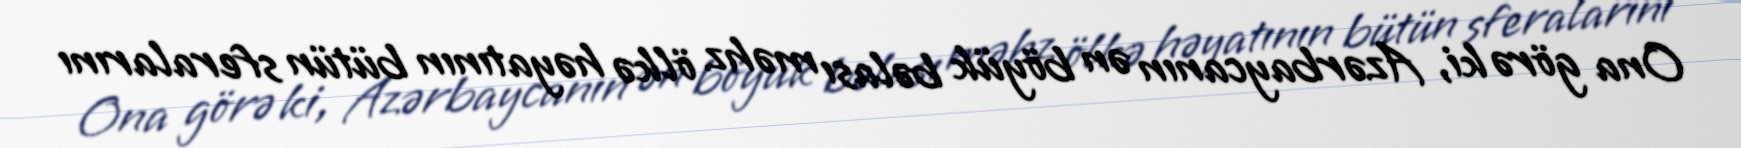
Ona görə ki, Azərbaycanın ən böyük bəlası məhz ölkə həyatının bütün sferalarını